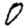
Digit: 0